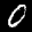
Label: 0